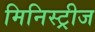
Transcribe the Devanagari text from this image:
मिनिस्ट्रीज